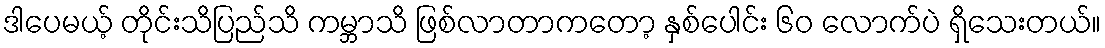
ဒါပေမယ့် တိုင်းသိပြည်သိ ကမ္ဘာသိ ဖြစ်လာတာကတော့ နှစ်ပေါင်း ၆၀ လောက်ပဲ ရှိသေးတယ်။